Calcutta medical institutions reports 1879-81 [i.e.91]
Year: 1879
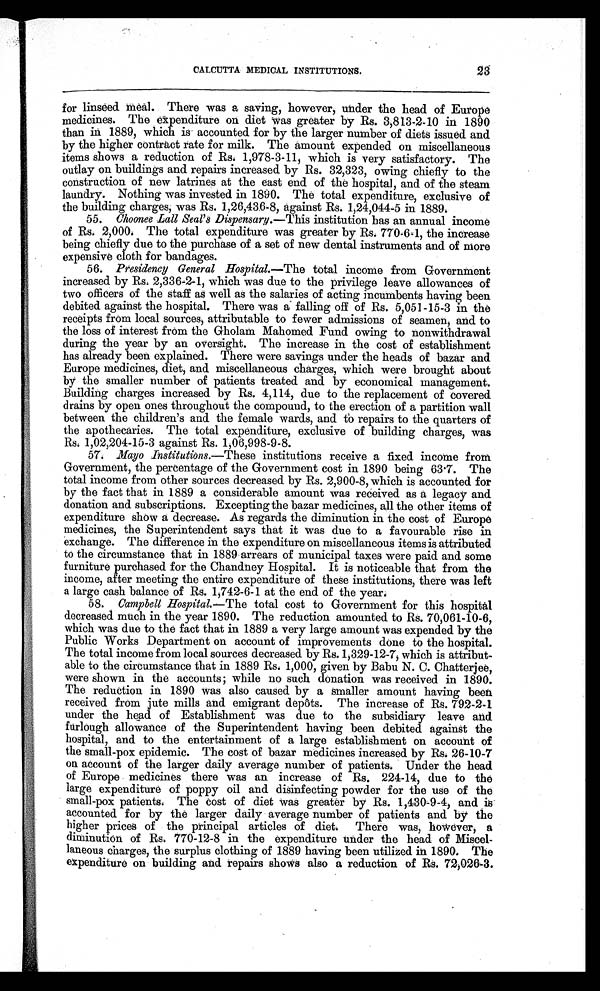
CALCUTTA MEDICAL INSTITUTIONS.
23
for linseed meal. There was a saving, however, under the head of Europe
medicines. The expenditure on diet was greater by Rs. 3,813-240 in 1890
than in 1889, which is accounted for by the larger number of diets issued and
by the higher contract rate for milk. The amount expended on miscellaneous
items shows a reduction of Rs. 1,978-3-11, which is very satisfactory. The
outlay on buildings and repairs increased by Rs. 32,323, owing chiefly to the
construction of new latrines at the east end of the hospital, and of the steam
laundry. Nothing was invested in 1890. The total expenditure, exclusive of
the building charges, was Rs. 1,26,436-8, against Rs. 1,24,044-5 in 1889.
55. Choonee Lall Seal's Dispensary. —This institution has an annual income
of Rs. 2,000. The total expenditure was greater by Rs. 770-6-1, the increase
being chiefly due to the purchase of a set of new dental instruments and of more
expensive cloth for bandages.
56. Presidency General Hospital. —The total income from Government
increased by Rs. 2,336-2-1, which was due to the privilege leave allowances of
two officers of the staff as well as the salaries of acting incumbents having been
debited against the hospital. There was a falling off of Rs. 5,051-15-3 in the
receipts from local sources, attributable to fewer admissions of seamen, and to
the loss of interest from the Gholam Mahomed Fund owing to nonwithdrawal
during the year by an oversight. The increase in the cost of establishment
has already been explained. There were savings under the heads of bazar and
Europe medicines, diet, and miscellaneous charges, which were brought about
by the smaller number of patients treated and by economical management.
Building charges increased by Rs. 4,114, due to the replacement of covered
drains by open ones throughout the compound, to the erection of a partition wall
between the children's and the female wards, and to repairs to the quarters of
the apothecaries. The total expenditure, exclusive of building charges, was
Rs. 1,02,204-15-3 against Rs. 1,06,998-9-8.
57. Mayo Institutions.—These institutions receive a fixed income from
Government, the percentage of the Government cost in 1890 being 63 .7. The
total income from other sources decreased by Rs. 2,900-8, which is accounted for
by the fact that in 1889 a considerable amount was received as a legacy and
donation and subscriptions. Excepting the bazar medicines, all the other items of
expenditure show a decrease. As regards the diminution in the cost of Europe
medicines, the Superintendent says that it was due to a favourable rise in
exchange. The difference in the expenditure on miscellaneous items is attributed
to the circumstance that in 1889 arrears of municipal taxes were paid and some
furniture purchased for the Chandney Hospital. It is noticeable that from the
income, after meeting the entire expenditure of these institutions, there was left
a large cash balance of Rs. 1,742-6-1 at the end of the year.
58. Campbell Hospital. —The total cost to Government for this hospital
decreased much in the year 1890. The reduction amounted to Rs. 70,061-10-6,
which was due to the fact that in 1889 a very large amount was expended by the
Public Works Department on account of improvements done to the hospital.
The total income from local sources decreased by Rs. 1,329-12-7, which is attribut-
- a b l e t o t h e c i r c u m s t a n c e t h a t i n 1 8 8 9 R s . 1 , 0 0 0 , g i v e n b y B a b u N . C . C h a t t e r j e e ,
were shown in the accounts; while no such donation was received in 1890.
The reduction in 1890 was also caused by a smaller amount having been
received from jute mills and emigrant depôts. The increase of Rs. 792-2-1
under the head of Establishment was due to the subsidiary leave and
furlough allowance of the Superintendent having been debited against the
hospital, and to the entertainment of a large establishment on account of
the small-pox epidemic. The cost of bazar medicines increased by Rs. 26-10-7
on account of the larger daily average number of patients. Under the head
of Europe medicines there was an increase of Rs. 224-14, due to the
large expenditure of poppy oil and disinfecting powder for the use of the
small-pox patients. The cost of diet was greater by Rs. 1,430-9-4, and is
accounted for by the larger daily average number of patients and by the
higher prices of the principal articles of diet. There was, however, a
diminution of Rs. 770-12-8 in the expenditure under the head of Miscel-
laneous charges, the surplus clothing of 1889 having been utilized in 1890. The
expenditure on building and repairs shows also a reduction of Rs. 72,026-3.